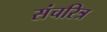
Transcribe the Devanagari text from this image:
संचरित्र